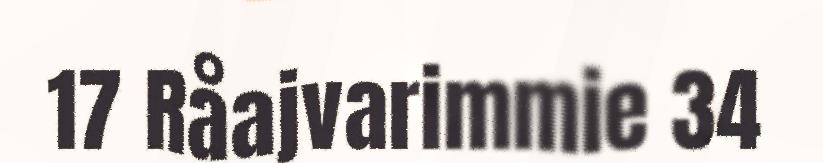
17 Råajvarimmie 34